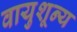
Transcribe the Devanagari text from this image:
वायुशून्य